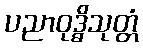
ပညာဝုဒ္ဓိသုတ္တံ